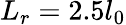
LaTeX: L_{r}=2.5l_{0}